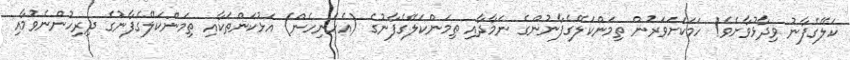
ކަލޭގެފާނު ވިދާޅުވާށެވެ! ހަމަކަށަވަރުން ތިމަންކަލޭގެފާނުންގެ ނަމާދާއި ތިމަންކަލޭގެފާނުގެ (އެހެނިހެން) އަޅުކަންތަކާއި ތިމަންކަލޭގެފާނުގެ ދިރިހުންނެވުމާއި